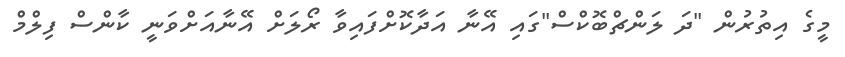
މީގެ އިތުރުން "ދަ ލަންޗްބޮކްސް"ގައި އޭނާ އަދާކޮށްފައިވާ ރޯލަށް އޭނާއަށްވަނީ ކާންސް ފިލްމް